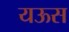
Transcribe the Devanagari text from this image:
यऊस